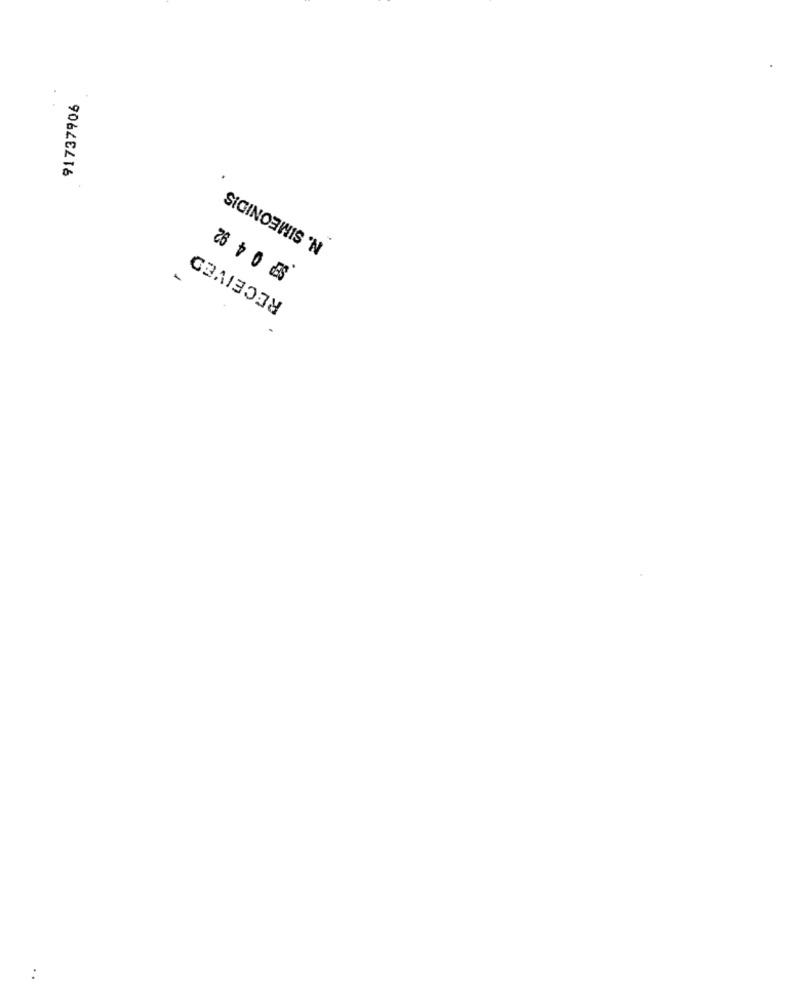
91737906
N. SIMEONIDIS
RECEIVED
: